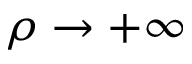
\rho \to + \infty